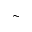
\sim